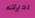
لديك